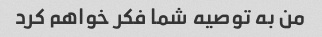
من به توصیه شما فکر خواهم کرد